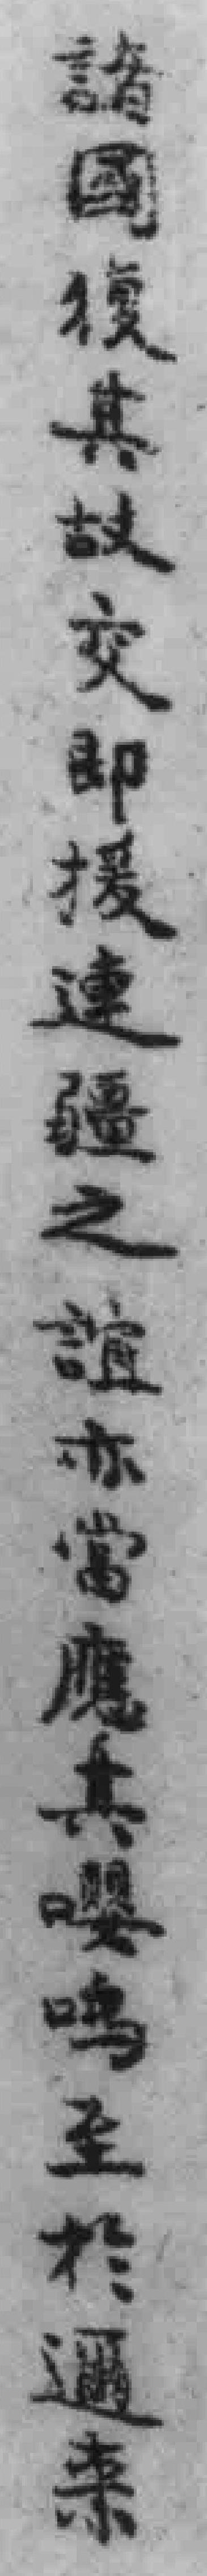
諸國復其故交即援連疆之誼亦當應其嚶鸣至*邇來